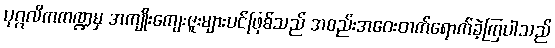
ပုဂ္ဂလိကကဏ္ဍမှ အကျိုးကျေးဇူးများပင်ဖြစ်သည် အစည်းအဝေးတက်ရောက်ခဲ့ကြပါသည်